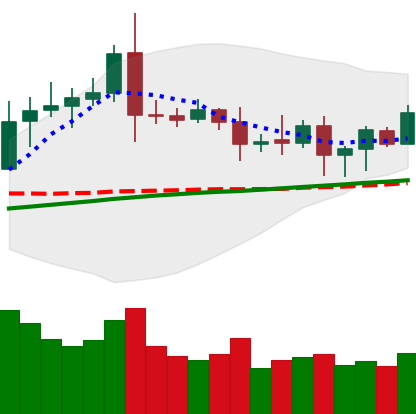
Ticker: ETC-USD
Chart end date: 2020-08-15
Forward return: -3.051%
Label: down_3_5